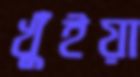
খুঁইয়া